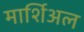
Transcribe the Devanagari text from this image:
मार्शिअल